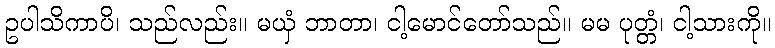
ဥပါသိကာပိ၊ သည်လည်း။ မယှံ ဘာတာ၊ ငါ့မောင်တော်သည်။ မမ ပုတ္တံ၊ ငါ့သားကို။